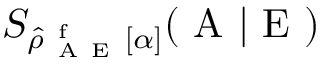
S _ { \hat { \rho } _ { \mathrm { ~ A ~ E ~ } } ^ { \mathrm { ~ f ~ } } [ \alpha ] } ( \mathrm { ~ A ~ } | \mathrm { ~ E ~ } )